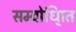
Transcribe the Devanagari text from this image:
सम्बोधि्ात